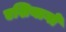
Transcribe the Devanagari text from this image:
एशियागो